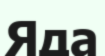
Яда